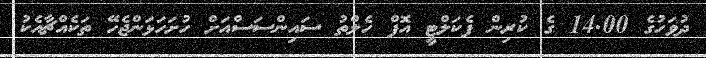
ދުވަހުގެ 14.00 ގެ ކުރިން ފެކަލްޓީ އޮފް ހެލްތު ސައިންސަސްއަށް ހުށަހަޅަންޖެހޭ ތަކެއްޗާއެކު